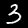
Label: 3